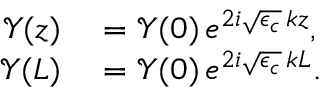
\begin{array} { r l } { \mathcal { Y } ( z ) } & { { } = \mathcal { Y } ( 0 ) \, e ^ { 2 i \sqrt { \epsilon _ { c } } \, k z } , } \\ { \mathcal { Y } ( L ) } & { { } = \mathcal { Y } ( 0 ) \, e ^ { 2 i \sqrt { \epsilon _ { c } } \, k L } . } \end{array}